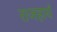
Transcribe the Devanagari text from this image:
राजहार्यं